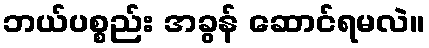
ဘယ်ပစ္စည်း အခွန် ဆောင်ရမလဲ။